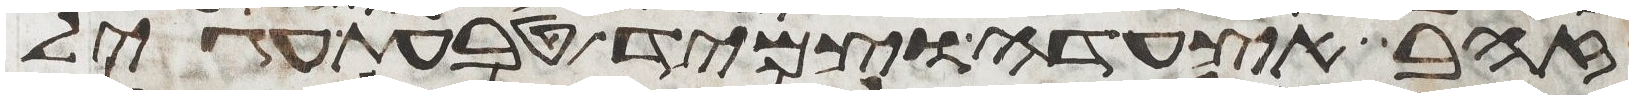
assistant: זהב אצעדה וצמיד טבעת עגיל